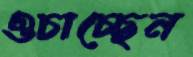
ওচাচ্ছেন